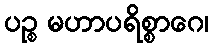
ပဉ္စ မဟာပရိစ္စာဂေ၊